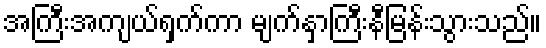
အကြီးအကျယ်ရှက်ကာ မျက်နှာကြီးနီမြန်းသွားသည်။